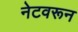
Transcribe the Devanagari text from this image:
नेटवरून